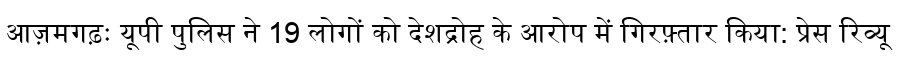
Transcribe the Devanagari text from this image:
आज़मगढ़ः यूपी पुलिस ने 19 लोगों को देशद्रोह के आरोप में गिरफ़्तार किया: प्रेस रिव्यू